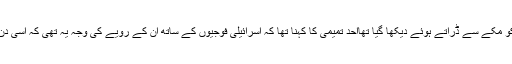
احد تمیمی پہلی مرتبہ 11 سال کی عمر میں منظر عام پر آئی تھیں جب انھیں ایک ویڈیو میں ایک فوجی کو مکے سے ڈراتے ہوئے دیکھا گیا تھااحد تمیمی کا کہنا تھا کہ اسرائیلی فوجیوں کے ساتھ ان کے رویے کی وجہ یہ تھی کہ اسی دن انھوں نے ان فوجیوں کی جانب سے اپنی کزن کو ربڑ کی ایک گولی مارے جانے کی ویڈیو دیکھی تھی۔